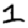
Digit: 1